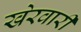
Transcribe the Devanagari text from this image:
खेरवारी